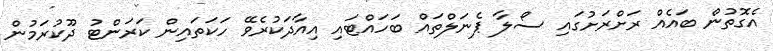
އެގޮތުން ބައެއް ރަށްރަށުގައި ސޯލާ ޕެނަލްތައް ބަހައްޓައި އިއާދަކުރެވޭ ހަކަތައިން ކަރަންޓު ދޫކުރަމުން